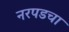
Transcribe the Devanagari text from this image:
नरपडचा